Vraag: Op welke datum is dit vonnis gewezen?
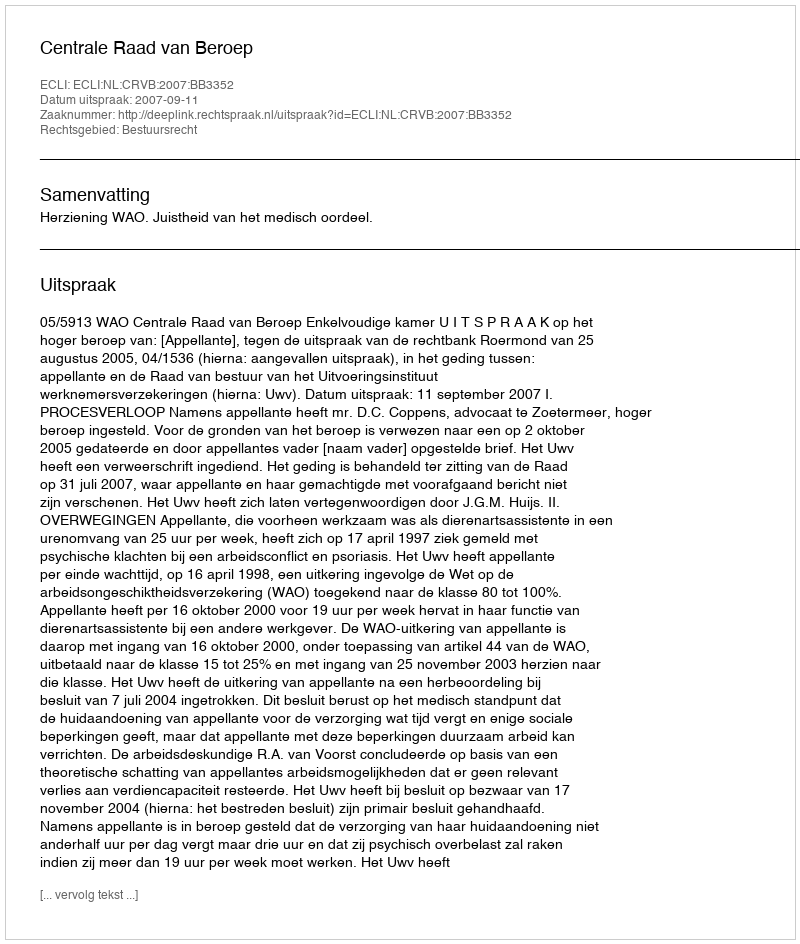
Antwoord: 2007-09-11